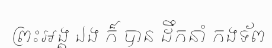
ព្រះអង្គ ឯង ក៏ បាន ដឹកនាំ កងទ័ព